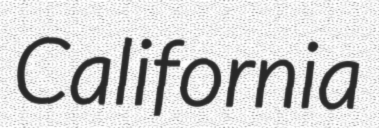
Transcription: California